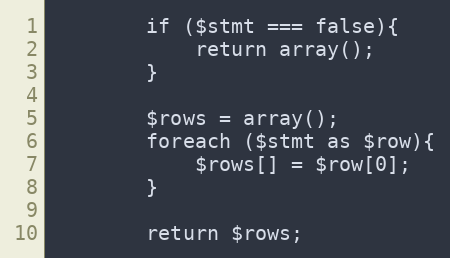
Language: PHP
        if ($stmt === false){
            return array();
        }

        $rows = array();
        foreach ($stmt as $row){
            $rows[] = $row[0];
        }

        return $rows;